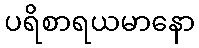
ပရိစာရယမာနော